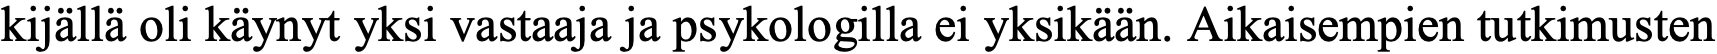
kijällä oli käynyt yksi vastaaja ja psykologilla ei yksikään. Aikaisempien tutkimusten